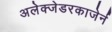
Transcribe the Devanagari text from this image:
अलेक्जेडरकाजेर्न